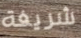
شريفة